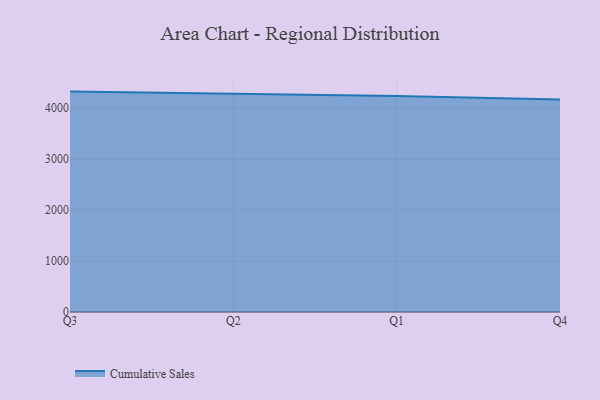
{"axis": {"x": "Quarter", "y": "Net Income (USD K)"}, "legend": ["Cumulative Sales"], "data": [{"x": "Q3", "y": 4323.3, "type": "Cumulative Sales"}, {"x": "Q2", "y": 4278.5, "type": "Cumulative Sales"}, {"x": "Q1", "y": 4235.0, "type": "Cumulative Sales"}, {"x": "Q4", "y": 4168.5, "type": "Cumulative Sales"}]}